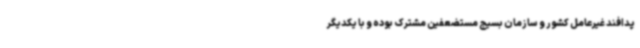
پدافند غیرعامل کشور و سازمان بسیج مستضعفین مشترک بوده و با یکدیگر